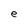
Character: e